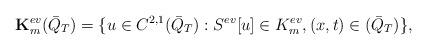
LaTeX: \begin{align*}\bold K_m^{ev}(\bar Q_T)=\{u\in C^{2,1}(\bar Q_T): S^{ev}[u]\in K_m^{ev}, (x,t)\in (\bar Q_T)\},\end{align*}